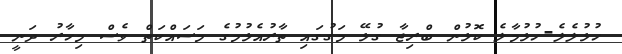
ހުޅުލެލެ-ހުޅުމާލެ ކޮޅުން ބްރިޖާ ގުޅޭ މަގުގައި ތާރުއެޅުމުގެ މަސައްކަތް ވެސް މިހާރު ދަނީ